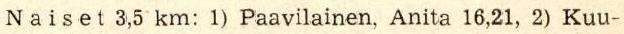
Naiset 3,5 km: 1) Paavilainen, Anita 16,21, 2) Kuu-